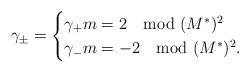
LaTeX: \begin{align*} \gamma_\pm= \begin{cases} \gamma_+ m = 2 \mod (M^*)^2 \\ \gamma_- m = -2\mod (M^*)^2. \end{cases} \end{align*}